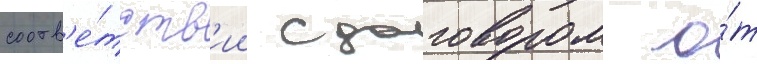
соотв'е́тств'ии с договором о́т